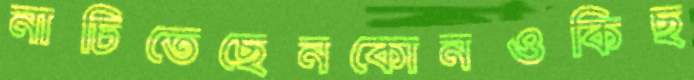
নাচিতেছেনকোনওকিছ